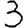
Digit: 3